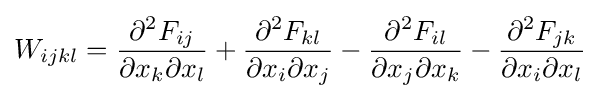
W_{ijkl}={\frac {\partial ^{2}F_{ij}}{\partial x_{k}\partial x_{l}}}+{\frac {\partial ^{2}F_{kl}}{\partial x_{i}\partial x_{j}}}-{\frac {\partial ^{2}F_{il}}{\partial x_{j}\partial x_{k}}}-{\frac {\partial ^{2}F_{jk}}{\partial x_{i}\partial x_{l}}}